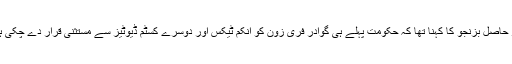
میر حاصل بزنجو کا کہنا تھا کہ حکومت پہلے ہی گوادر فری زون کو انکم ٹیکس اور دوسرے کسٹم ڈیوٹیز سے مستثنیٰ قرار دے چکی ہے۔